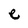
Character: e